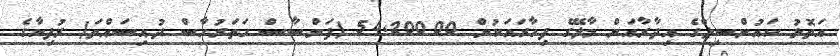
އަތޮޅު ކައުންސިލްގެ އިދާރާއަށް މާލޭގެ ފިހާރައަކުން 54